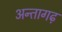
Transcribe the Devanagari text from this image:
अन्तागढ़